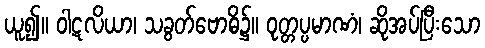
ယူ၍။ ဝါဋလိယာ၊ သခွတ်ဗောဓိ၌။ ဝုတ္တပ္ပမာဏံ၊ ဆိုအပ်ပြီးသော